Report of the Indian Hemp Drugs Commission, 1894-1895 - Volume IV
Year: 1894
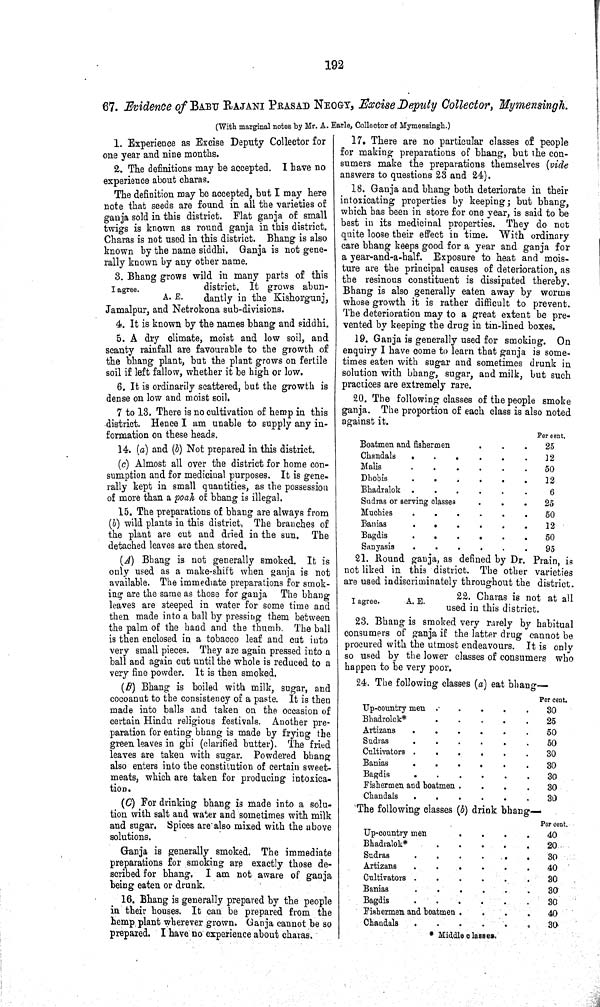
192
67. Evidence of BABU RAJANI PRASAD NEOGY, Excise Deputy Collector, Mymensingh.
(With marginal notes by Mr. A. Earle, Collector of Mymensingh.)
1. Experience as Excise Deputy Collector for
one year and nine months.
2. The definitions may be accepted. I have no
experience about charas.
The definition may be accepted, but I may here
note that seeds are found in all the varieties of
ganja sold in this district. Flat ganja of small
twigs is known as round ganja in this district.
Charas is not used in this district. Bhang is also
known by the name siddhi. Ganja is not gene-
rally known by any other name.
I agree.
A. E.
3. Bhang grows wild in many parts of this
district. It grows abun-
dantly in the Kishorgunj,
Jamalpur, and Netrokona sub-divisions.
4. It is known by the names bhang and siddhi.
5. A dry climate, moist and low soil, and
scanty rainfall are favourable to the growth of
the bhang plant, but the plant grows on fertile
soil if left fallow, whether it be high or low.
6. It is ordinarily scattered, but the growth is
dense on low and moist soil.
7 to 13. There is no cultivation of hemp in this
district. Hence I am unable to supply any in-
formation on these heads.
14. (a) and (b) Not prepared in this district.
(c) Almost all over the district for home con-
sumption and for medicinal purposes. It is gene-
rally kept in small quantities, as the possession
of more than a poah of bhang is illegal.
15. The preparations of bhang are always from
(b) wild plants in this district, The branches of
the plant are cut and dried in the sun. The
detached leaves are then stored.
(A) Bhang is not generally smoked. It is
only used as a make-shift when ganja is not
available. The immediate preparations for smok-
ing are the same as those for ganja The bhang
leaves are steeped in water for some time and
then made into a ball by pressing them between
the palm of the hand and the thumb. The ball
is then enclosed in a tobacco leaf and cut into
very small pieces. They are again pressed into a
ball and again cut until the whole is reduced to a
very fine powder. It is then smoked.
(B) Bhang is boiled with milk, sugar, and
cocoanut to the consistency of a paste. It is then
made into balls and taken on the occasion of
certain Hindu religious festivals. Another pre-
paration for eating bhang is made by frying the
green leaves in ghi (clarified butter). The fried
leaves are taken with sugar. Powdered bhang
also enters into the constitution of certain sweet-
meats, which are taken for producing intoxica-
tion.
(C) For drinking bhang is made into a solu-
tion with salt and water and sometimes with milk
and sugar. Spices are also mixed with the above
solutions.
Ganja is generally smoked. The immediate
preparations for smoking are exactly those de-
scribed for bhang. I am not aware of ganja
being eaten or drunk.
16. Bhang is generally prepared by the people
in their houses. It can be prepared from the
hemp plant wherever grown. Ganja cannot be so
prepared. I have no experience about charas.
17. There are no particular classes of people
for making preparations of bhang, but the con-
sumers make the preparations themselves (vide
answers to questions 23 and 24).
18. Ganja and bhang both deteriorate in their
intoxicating properties by keeping; but bhang,
which has been in store for one year, is said to be
best in its medicinal properties. They do not
quite loose their effect in time. With ordinary
care bhang keeps good for a year and ganja for
a year-and-a-half. Exposure to heat and mois-
ture are the principal causes of deterioration, as
the resinous constituent is dissipated thereby.
Bhang is also generally eaten away by worms
whose growth it is rather difficult to prevent.
The deterioration may to a great extent be pre-
vented by keeping the drug in tin-lined boxes.
19. Ganja is generally used for smoking. On
enquiry I have come to learn that ganja is some-
times eaten with sugar and sometimes drunk in
solution with bhang, sugar, and milk, but such
practices are extremely rare.
20. The following classes of the people smoke
ganja. The proportion of each class is also noted
against it.
Per cent.
Boatmen and fishermen
25
Chandals
12
Malis
50
Dhobis
12
Bhadralok
6
Sudras or serving classes
25
Muchies
50
Banias
12
Bagdis
50
Sanyasis
95
21. Round ganja, as defined by Dr. Prain, is
not liked in this district. The other varieties
are used indiscriminately throughout the district.
I agree.
A. E.
22. Charas is not at all
used in this district.
23. Bhang is smoked very rarely by habitual
consumers of ganja if the latter drug cannot be
procured with the utmost endeavours. It is only
so used by the lower classes of consumers who
happen to be very poor.
24. The following classes (a) eat bhang—
Per cent.
Up-country men
30
Bhadrolok*
25
Artizans
50
Sudras
50
Cultivators
30
Banias
30
Bagdis
30
Fishermen and boatmen
30
Chandals
30
The following classes (b) drink bhang—
Per cent.
Up-country men
40
Bhadralok*
20
Sudras
30
Artizans
40
Cultivators
30
Banias
30
Bagdis
30
Fishermen and boatmen
40
Chandals
30
* Middle classes.